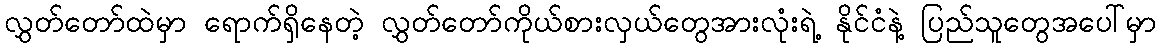
လွှတ်တော်ထဲမှာ ရောက်ရှိနေတဲ့ လွှတ်တော်ကိုယ်စားလှယ်တွေအားလုံးရဲ့ နိုင်ငံနဲ့ ပြည်သူတွေအပေါ်မှာ